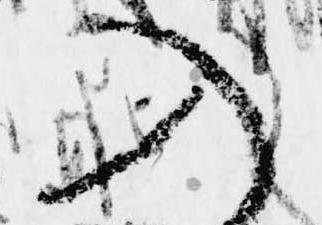
入